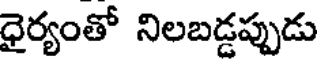
ధైర్యంతో నిలబడ్డప్పుడు